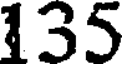
135